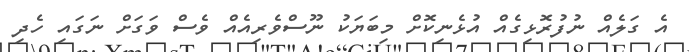
އެ ގަލެއް ނުފުރޮޅިގެއް އުޅެނިކޮށް މިބަޔަކު ނޫސްވެރިއެއް ވެސް ވަގަށް ނަަގައި ހެދި